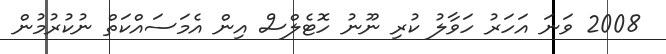
2008 ވަނަ އަހަރު ހަވާލު ކުރި ނޫނު ހޮޓެލްސް އިން އެމަސައްކަތް ނުކުރުމުން